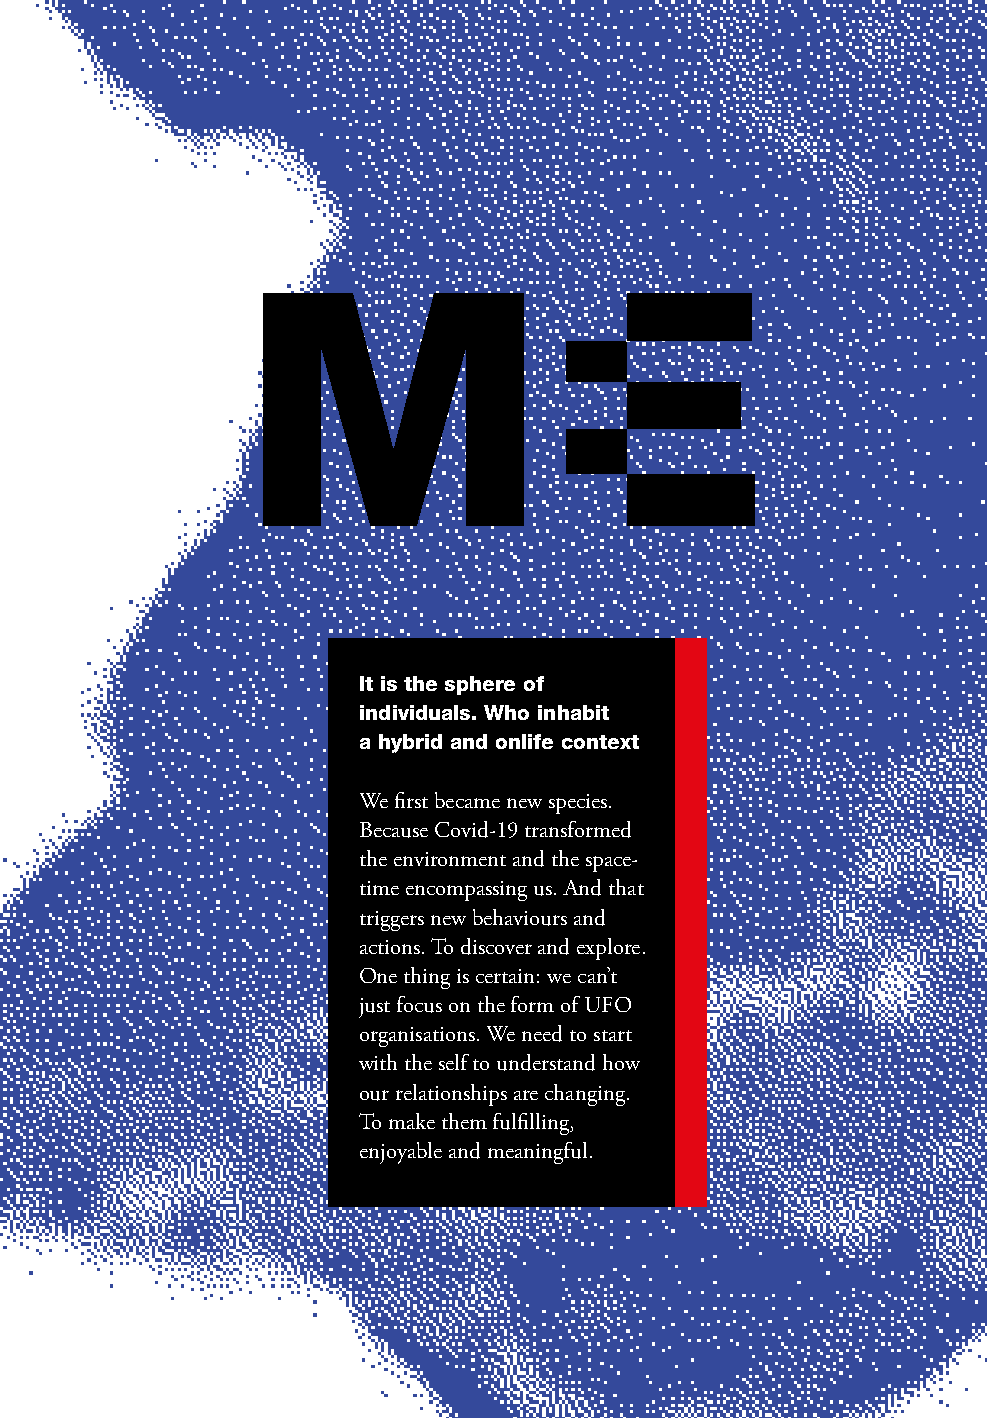
58       weconomy                         milan 45°27′50.98″N 9°11′25.21″E
 It is the sphere of
 individuals. Who inhabit
 a hybrid and onlife context
 We first became new species.
 Because Covid-19 transformed
 the environment and the space-
 time encompassing us. And that
 triggers new behaviours and
 actions. To discover and explore.
 One thing is certain: we can’t
 just focus on the form of UFO
 organisations. We need to start
 with the self to understand how
 our relationships are changing.
 To make them fulfilling,
 enjoyable and meaningful.